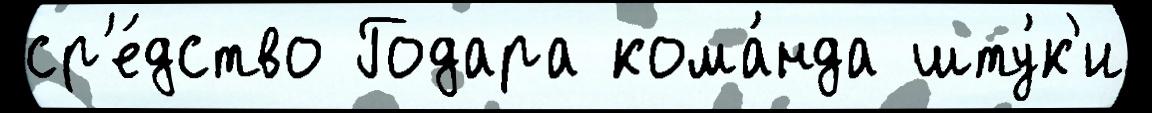
ср'е́дство Годара кома́нда шту́к'и